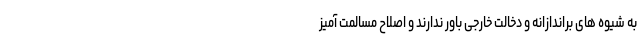
به شیوه های براندازانه و دخالت خارجی باور ندارند و اصلاح مسالمت آمیز